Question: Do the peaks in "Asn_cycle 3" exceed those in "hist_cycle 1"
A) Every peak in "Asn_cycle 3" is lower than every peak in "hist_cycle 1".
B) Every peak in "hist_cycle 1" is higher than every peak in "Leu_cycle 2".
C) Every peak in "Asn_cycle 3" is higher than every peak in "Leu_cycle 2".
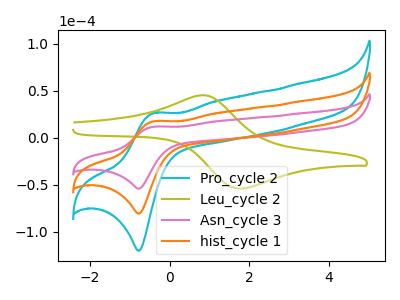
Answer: <think>The cyan curve "Pro_cycle 2" has an anodic peak at (-0.40V, 35.45uA) and a cathodic peak at (-0.75V, -161.15uA). The olive curve "Leu_cycle 2" has an anodic peak at (0.85V, 45.40uA) and a cathodic peak at (1.75V, -54.05uA). The pink curve "Asn_cycle 3" has an anodic peak at (-0.40V, 11.90uA) and a cathodic peak at (-0.75V, -54.05uA). The orange curve "hist_cycle 1" has an anodic peak at (-0.40V, 17.70uA) and a cathodic peak at (-0.75V, -80.60uA).</think>
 <answer>A) Every peak in "Asn_cycle 3" is lower than every peak in "hist_cycle 1".</answer>
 <eval>A</eval>